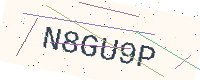
Text: N8GU9P